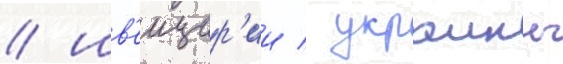
/ шв'еицар'ии / украины